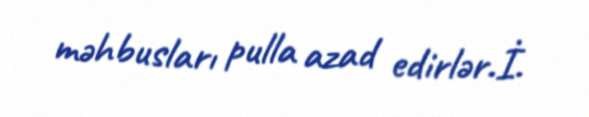
məhbusları pulla azad edirlər.İ.